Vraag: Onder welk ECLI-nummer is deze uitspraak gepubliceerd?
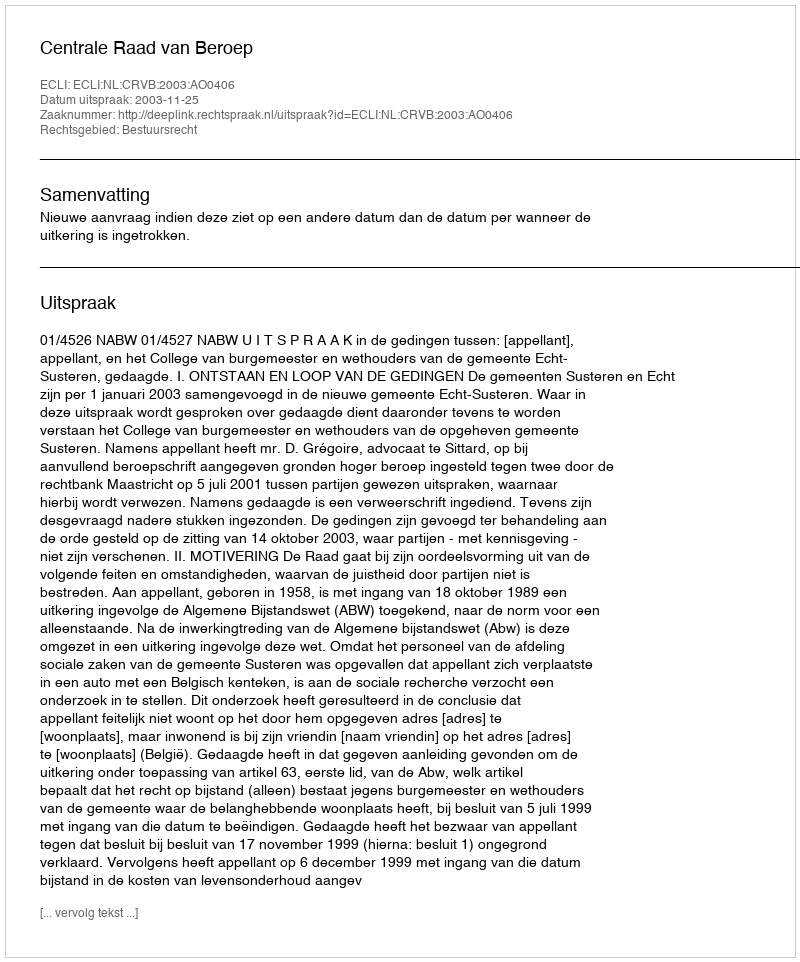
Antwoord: ECLI:NL:CRVB:2003:AO0406